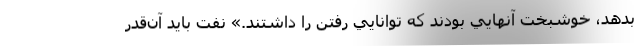
بدهد، خوشبخت آنهايي بودند كه توانايي رفتن را داشتند.» نفت بايد آن‌قدر